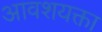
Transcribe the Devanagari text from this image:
आवशयक्ता